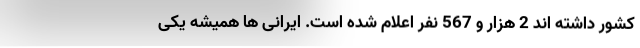
کشور داشته اند 2 هزار و 567 نفر اعلام شده است. ایرانی ها همیشه یکی